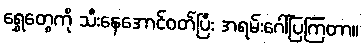
ရွှေတွေကို သီးနေအောင်ဝတ်ပြီး အရမ်းဂေါ်ပြကြတာ။